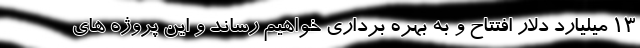
13 میلیارد دلار افتتاح و به بهره برداری خواهیم رساند و این پروژه های